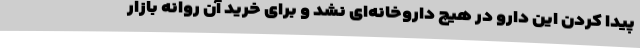
پیدا کردن این دارو در هیچ داروخانه‌ای نشد و برای خرید آن روانه بازار